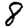
Digit: 8